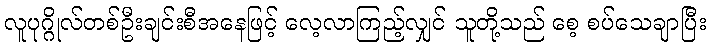
လူပုဂ္ဂိုလ်တစ်ဦးချင်းစီအနေဖြင့် လေ့လာကြည့်လျှင် သူတို့သည် စေ့ စပ်သေချာပြီး